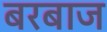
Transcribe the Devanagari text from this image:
बरबाज